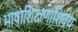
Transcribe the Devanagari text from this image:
भाषाशिक्षणाशिवय